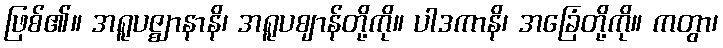
ဖြစ်၏။ အရူပဇ္ဈာနာနိ၊ အရူပဈာန်တို့ကို။ ပါဒကာနိ၊ အခြေံတို့ကို။ ကတွာ၊